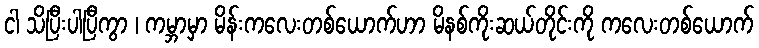
ငါ သိပြီးပါပြီကွာ ၊ ကမ္ဘာမှာ မိန်းကလေးတစ်ယောက်ဟာ မိနစ်ကိုးဆယ်တိုင်းကို ကလေးတစ်ယောက်